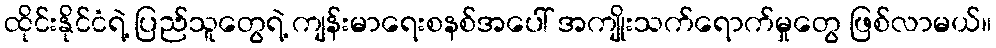
ထိုင်းနိုင်ငံရဲ့ ပြည်သူတွေရဲ့ ကျန်းမာရေးစနစ်အပေါ် အကျိုးသက်ရောက်မှုတွေ ဖြစ်လာမယ်။